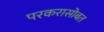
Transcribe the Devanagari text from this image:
परकरासोबत